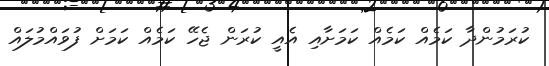
ކުރަމުންދާ ކަމެއް ކަމެއް ކަމަށާއި އެއީ ކުރަން ޖެހޭ ކަމެއް ކަމަށް ފުވައްމުލައް